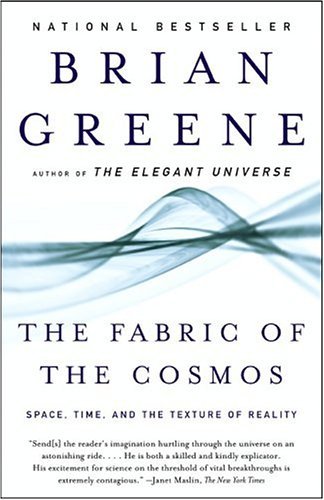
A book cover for The Fabric of the Cosmos: Space, Time, and the Texture of Reality; Brian Greene; Science & Math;